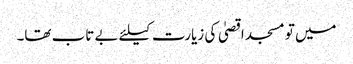
میں تو مسجد اقصیٰ کی زیارت کیلئے بے تاب تھا۔